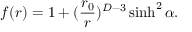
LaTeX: f ( r ) = 1 + ( { \frac { r _ { 0 } } { r } } ) ^ { D - 3 } \sinh ^ { 2 } \alpha .